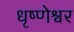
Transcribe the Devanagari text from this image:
धृष्णेश्वर